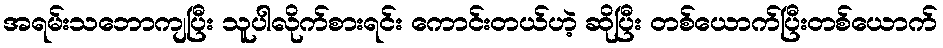
အရမ်းသဘောကျပြီး သူပါလိုက်စားရင်း ကောင်းတယ်ဟဲ့ ဆိုပြီး တစ်ယောက်ပြီးတစ်ယောက်